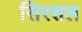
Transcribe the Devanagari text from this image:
सिरशल